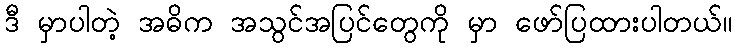
ဒီ မှာပါတဲ့ အဓိက အသွင်အပြင်တွေကို မှာ ဖော်ပြထားပါတယ်။